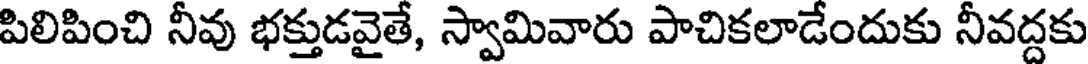
పిలిపించి నీవు భక్తుడవైతే, స్వామివారు పాచికలాడేందుకు నీవద్దకు